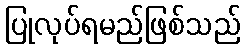
ပြုလုပ်ရမည်ဖြစ်သည်